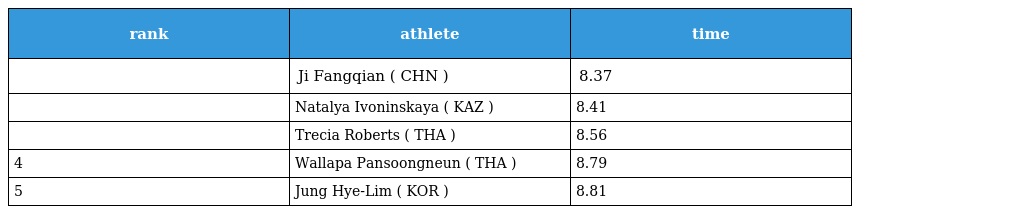
| rank | athlete | time |
 | --- | --- | --- |
 |  | Ji Fangqian ( CHN ) | 8.37 |
 |  | Natalya Ivoninskaya ( KAZ ) | 8.41 |
 |  | Trecia Roberts ( THA ) | 8.56 |
 | 4 | Wallapa Pansoongneun ( THA ) | 8.79 |
 | 5 | Jung Hye-Lim ( KOR ) | 8.81 |